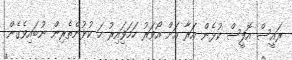
ރައީސް އޮފީސް ކުޅެން އަރާ އަށް އޯވަރު ހަމަވަިއިރު ހަ ކުޅުންތެރިން ނުބައިވެގެން